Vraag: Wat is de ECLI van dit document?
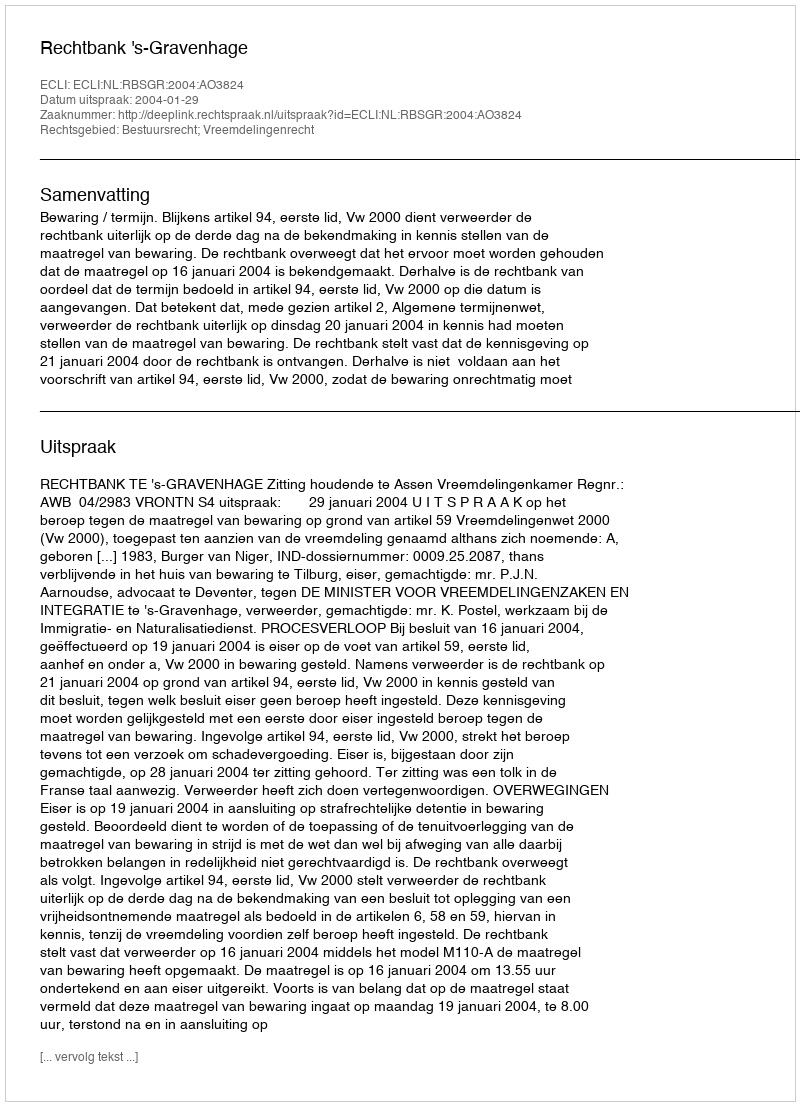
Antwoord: ECLI:NL:RBSGR:2004:AO3824